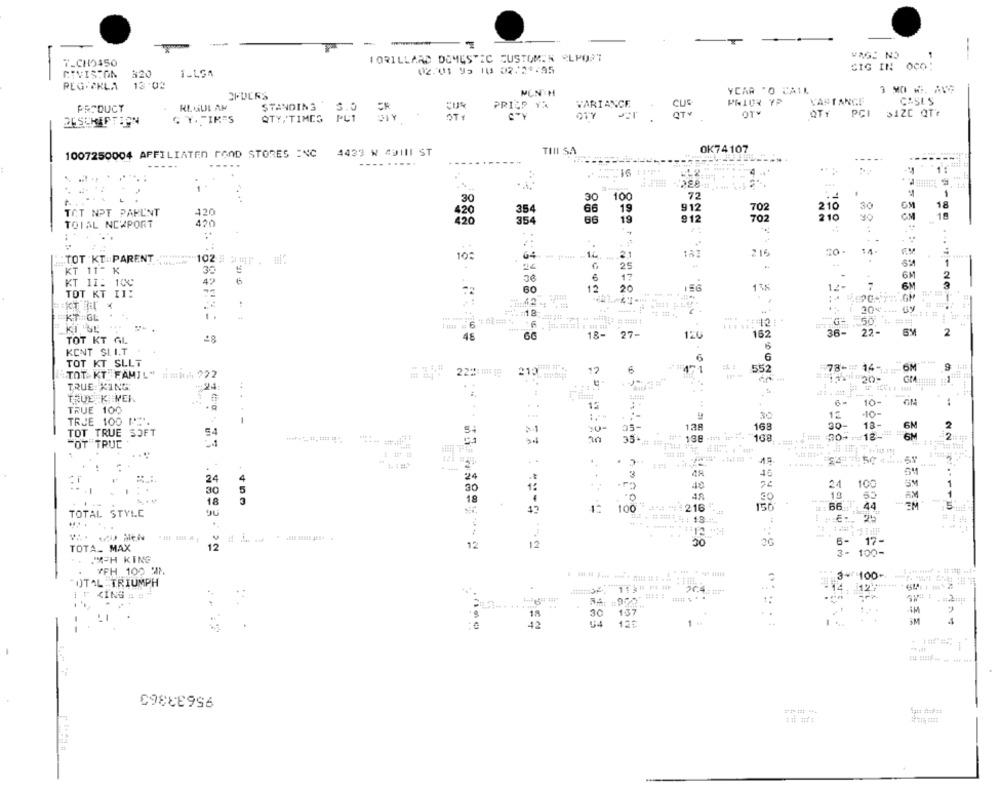
-
-
WAGE NO
7_CHO450
LORILLARD DOMESTIC CUSTOMEN ELPORT
02.01 95 10 02:29:95
SIG IN OCO:
CIVISTON
320
PEG-PKLA
13:02
MUN'H
YCAR "O CAIL
VARIANCE
PRIOR YP
YASTANGE
CASES
PRODUCT
REGUL AM
STANDING
PRICP YA
QTY, TIMES
PAY
OT*
PCI
3AZC QTr
TIII SA
OK74107
1007250004 AFFILIATED FOND STORES INC 4423 W 49III ST
--------
----.
---......
....
30
100
72
30
912
210
30
GM
18
TOT NPT PARUNT
420
420
354
66
19
702
CM
10
420
354
66
19
912
702
210
yo
TOTAL NEXPORT
. ..
. ..
.... 1
215
14.
TOT KT :PARENT.
1 102 # #F . H.
10:
1
KT 11- K
25
4.
6
17
-
6M
2
KT II: 100
49
6
11%
7
6M
3
TOT KT I1:
60
12
20
Gy
KT:GL
1.
:18:
KI TUL
36-
22-
2
TOT KT GL
28
46
66
18- 27-
120
162
KONT SLIT
6
TOT KT SLLT
221: 1 ]
12
552
#78-# 14-
TOT KT FAMIL" ##*# 222
TRUE XING
1:24:
TRUE KIVER
..
10-
TRUE 100
-10-
TRJE 100 M
138
168
30-
13-
6M
2
TOT TRUE SOFT
54
# ** 198 ***** ***.
### 30+1=12-
6M
12
"OT TRUC
35.
168
. .
..... ..
24
48
24
4
100
SM
..
30
5
30
40
24
18
.
49
19
55
AM
18
216 "
150
44
-
TOTAL STYLE
90
43
100
: : 13.4.
----
12
12
12
30
00
6-
17-
TOTA_ MAX
3- 100-
ICH KING
YFH 100 27.
3+100-
TOTAL -TRIUMPH
14
..
137
iM
18
30
42
3M
95633363